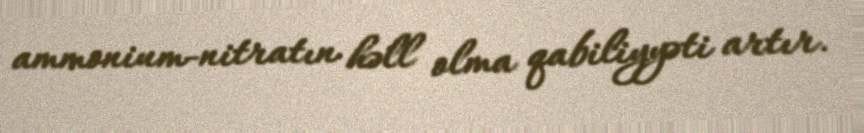
ammonium-nitratın həll olma qabiliyyəti artır.